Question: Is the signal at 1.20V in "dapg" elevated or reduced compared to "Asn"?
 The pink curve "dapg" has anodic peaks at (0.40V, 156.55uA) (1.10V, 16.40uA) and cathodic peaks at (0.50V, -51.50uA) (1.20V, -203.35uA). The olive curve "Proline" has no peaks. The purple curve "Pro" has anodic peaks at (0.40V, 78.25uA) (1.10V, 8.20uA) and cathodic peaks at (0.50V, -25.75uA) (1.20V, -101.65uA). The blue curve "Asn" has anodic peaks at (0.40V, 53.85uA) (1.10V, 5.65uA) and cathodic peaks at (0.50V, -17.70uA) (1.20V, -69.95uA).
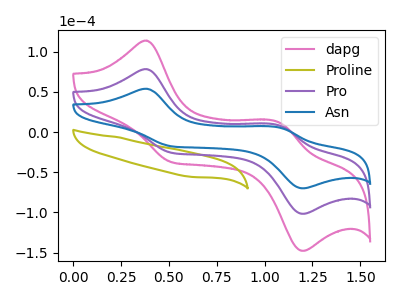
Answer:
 <answer>The peak at 1.20V is higher in "dapg" than in "Asn".</answer>
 <eval>higher</eval>